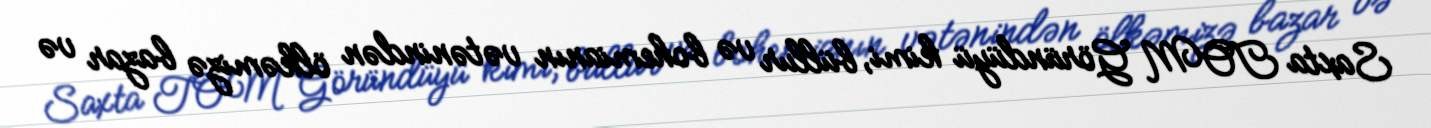
Saxta TOM Göründüyü kimi, büllur və bohemianın vətənindən ölkəmizə bazar və